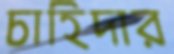
চাহিদার